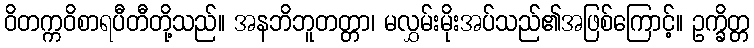
ဝိတက္ကဝိစာရပီတီတို့သည်။ အနဘိဘူတတ္တာ၊ မလွှမ်းမိုးအပ်သည်၏အဖြစ်ကြောင့်။ ဥက္ခိတ္တ